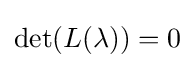
\det(L(\lambda ))=0